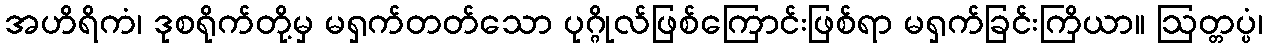
အဟိရိကံ၊ ဒုစရိုက်တို့မှ မရှက်တတ်သော ပုဂ္ဂိုလ်ဖြစ်ကြောင်းဖြစ်ရာ မရှက်ခြင်းကြိယာ။ ဩတ္တပ္ပံ၊